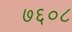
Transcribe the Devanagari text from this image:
७६०८